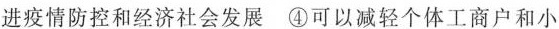
进疫情防控和经济社会发展 ④可以减轻个体工商户和小